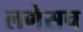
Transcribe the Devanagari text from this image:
लगेसच